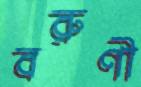
বরুণী